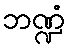
ဘဏ္ဍံ